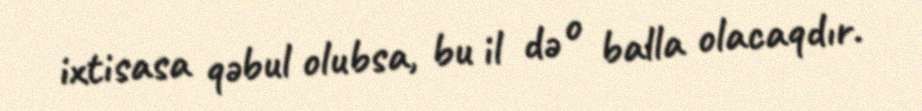
ixtisasa qəbul olubsa, bu il də o balla olacaqdır.